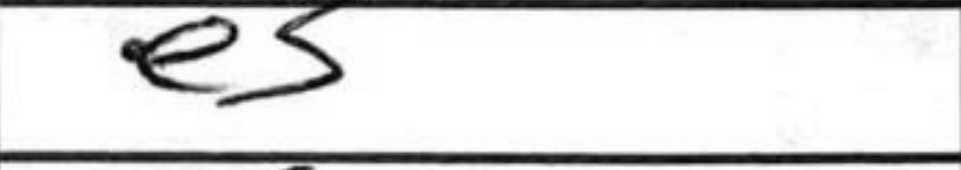
Transcription: e3